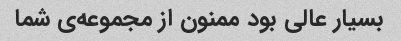
بسیار عالی بود ممنون از مجموعه‌ی شما